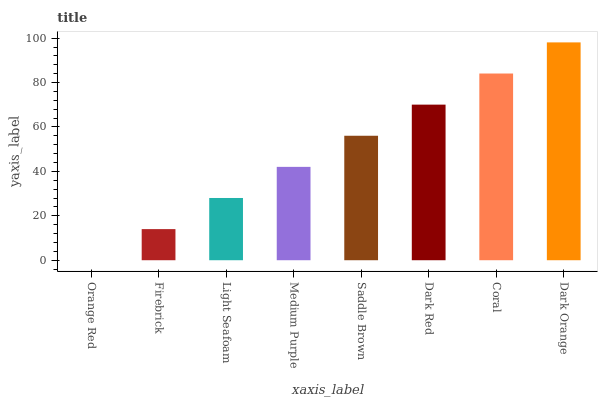
| xaxis_label | bars |
 | --- | --- |
 | Orange Red | 0 |
 | Firebrick | 14 |
 | Light Seafoam | 28 |
 | Medium Purple | 42 |
 | Saddle Brown | 56 |
 | Dark Red | 70.1 |
 | Coral | 84.1 |
 | Dark Orange | 98.1 |